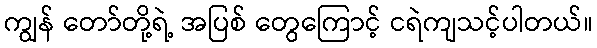
ကျွန် တော်တို့ရဲ့ အပြစ် တွေကြောင့် ငရဲကျသင့်ပါတယ်။